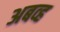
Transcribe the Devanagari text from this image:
अबव्ह